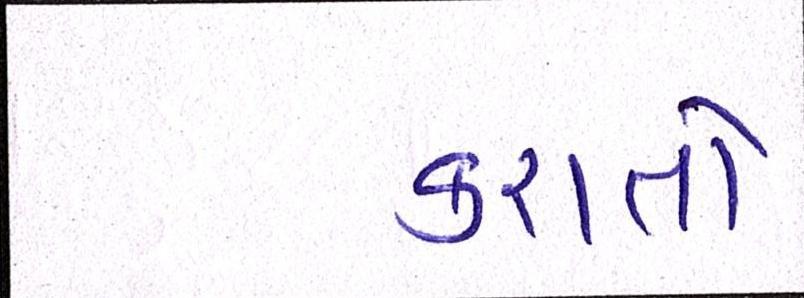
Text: કરાતો